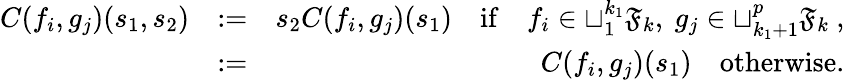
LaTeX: \begin{array}{rlr}{C(f_{i},g_{j})(s_{1},s_{2})}&{:=}&{s_{2}C(f_{i},g_{j})(s_{1})\quad\mathrm{if}\quad f_{i}\in\sqcup_{1}^{k_{1}}{\mathfrak{F}}_{k},\ g_{j}\in\sqcup_{k_{1}+1}^{p}{\mathfrak{F}}_{k}\ ,}\\ &{:=}&{C(f_{i},g_{j})(s_{1})\quad\mathrm{otherwise}.}\end{array}